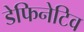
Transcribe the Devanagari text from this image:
डेफिनेटिव